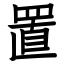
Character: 置